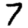
Digit: 7